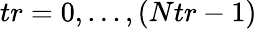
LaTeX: tr=0,...,(Ntr-1)